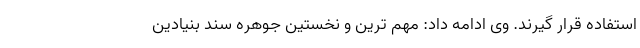
استفاده قرار گیرند. وی ادامه داد: مهم ترین و نخستین جوهره سند بنیادین